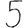
Digit: 5